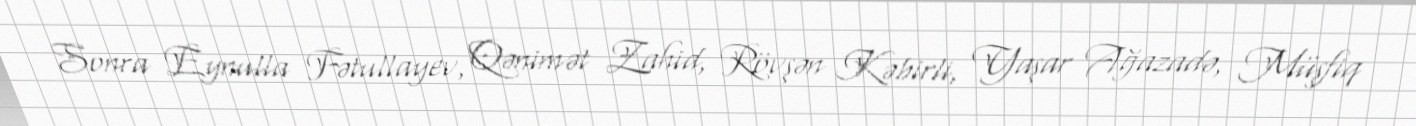
Sonra Eynulla Fətullayev, Qənimət Zahid, Rövşən Kəbirli, Yaşar Ağazadə, Müşfiq